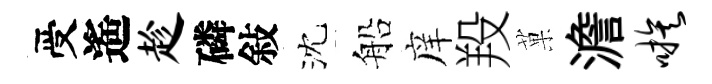
受遙趁磷敍沈船庠羖菓澹嗾